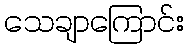
သေချာကြောင်း